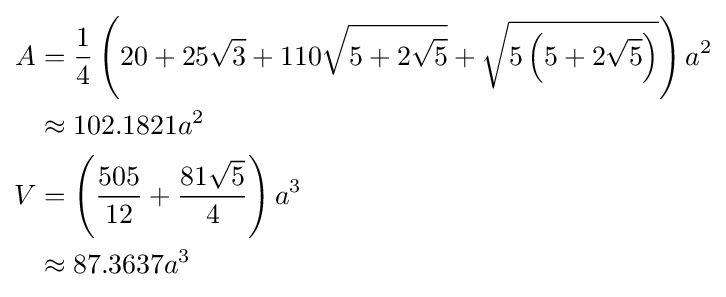
{\begin{aligned}A&={\frac {1}{4}}\left(20+25{\sqrt {3}}+110{\sqrt {5+2{\sqrt {5}}}}+{\sqrt {5\left(5+2{\sqrt {5}}\right)}}\right)a^{2}\\&\approx 102.1821a^{2}\\V&=\left({\frac {505}{12}}+{\frac {81{\sqrt {5}}}{4}}\right)a^{3}\\&\approx 87.3637a^{3}\end{aligned}}